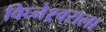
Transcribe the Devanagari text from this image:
विघ्नेश्र्वराला